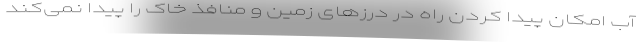
آب امکان پیدا کردن راه در درزهای زمین و منافذ خاک را پیدا نمی‌کند